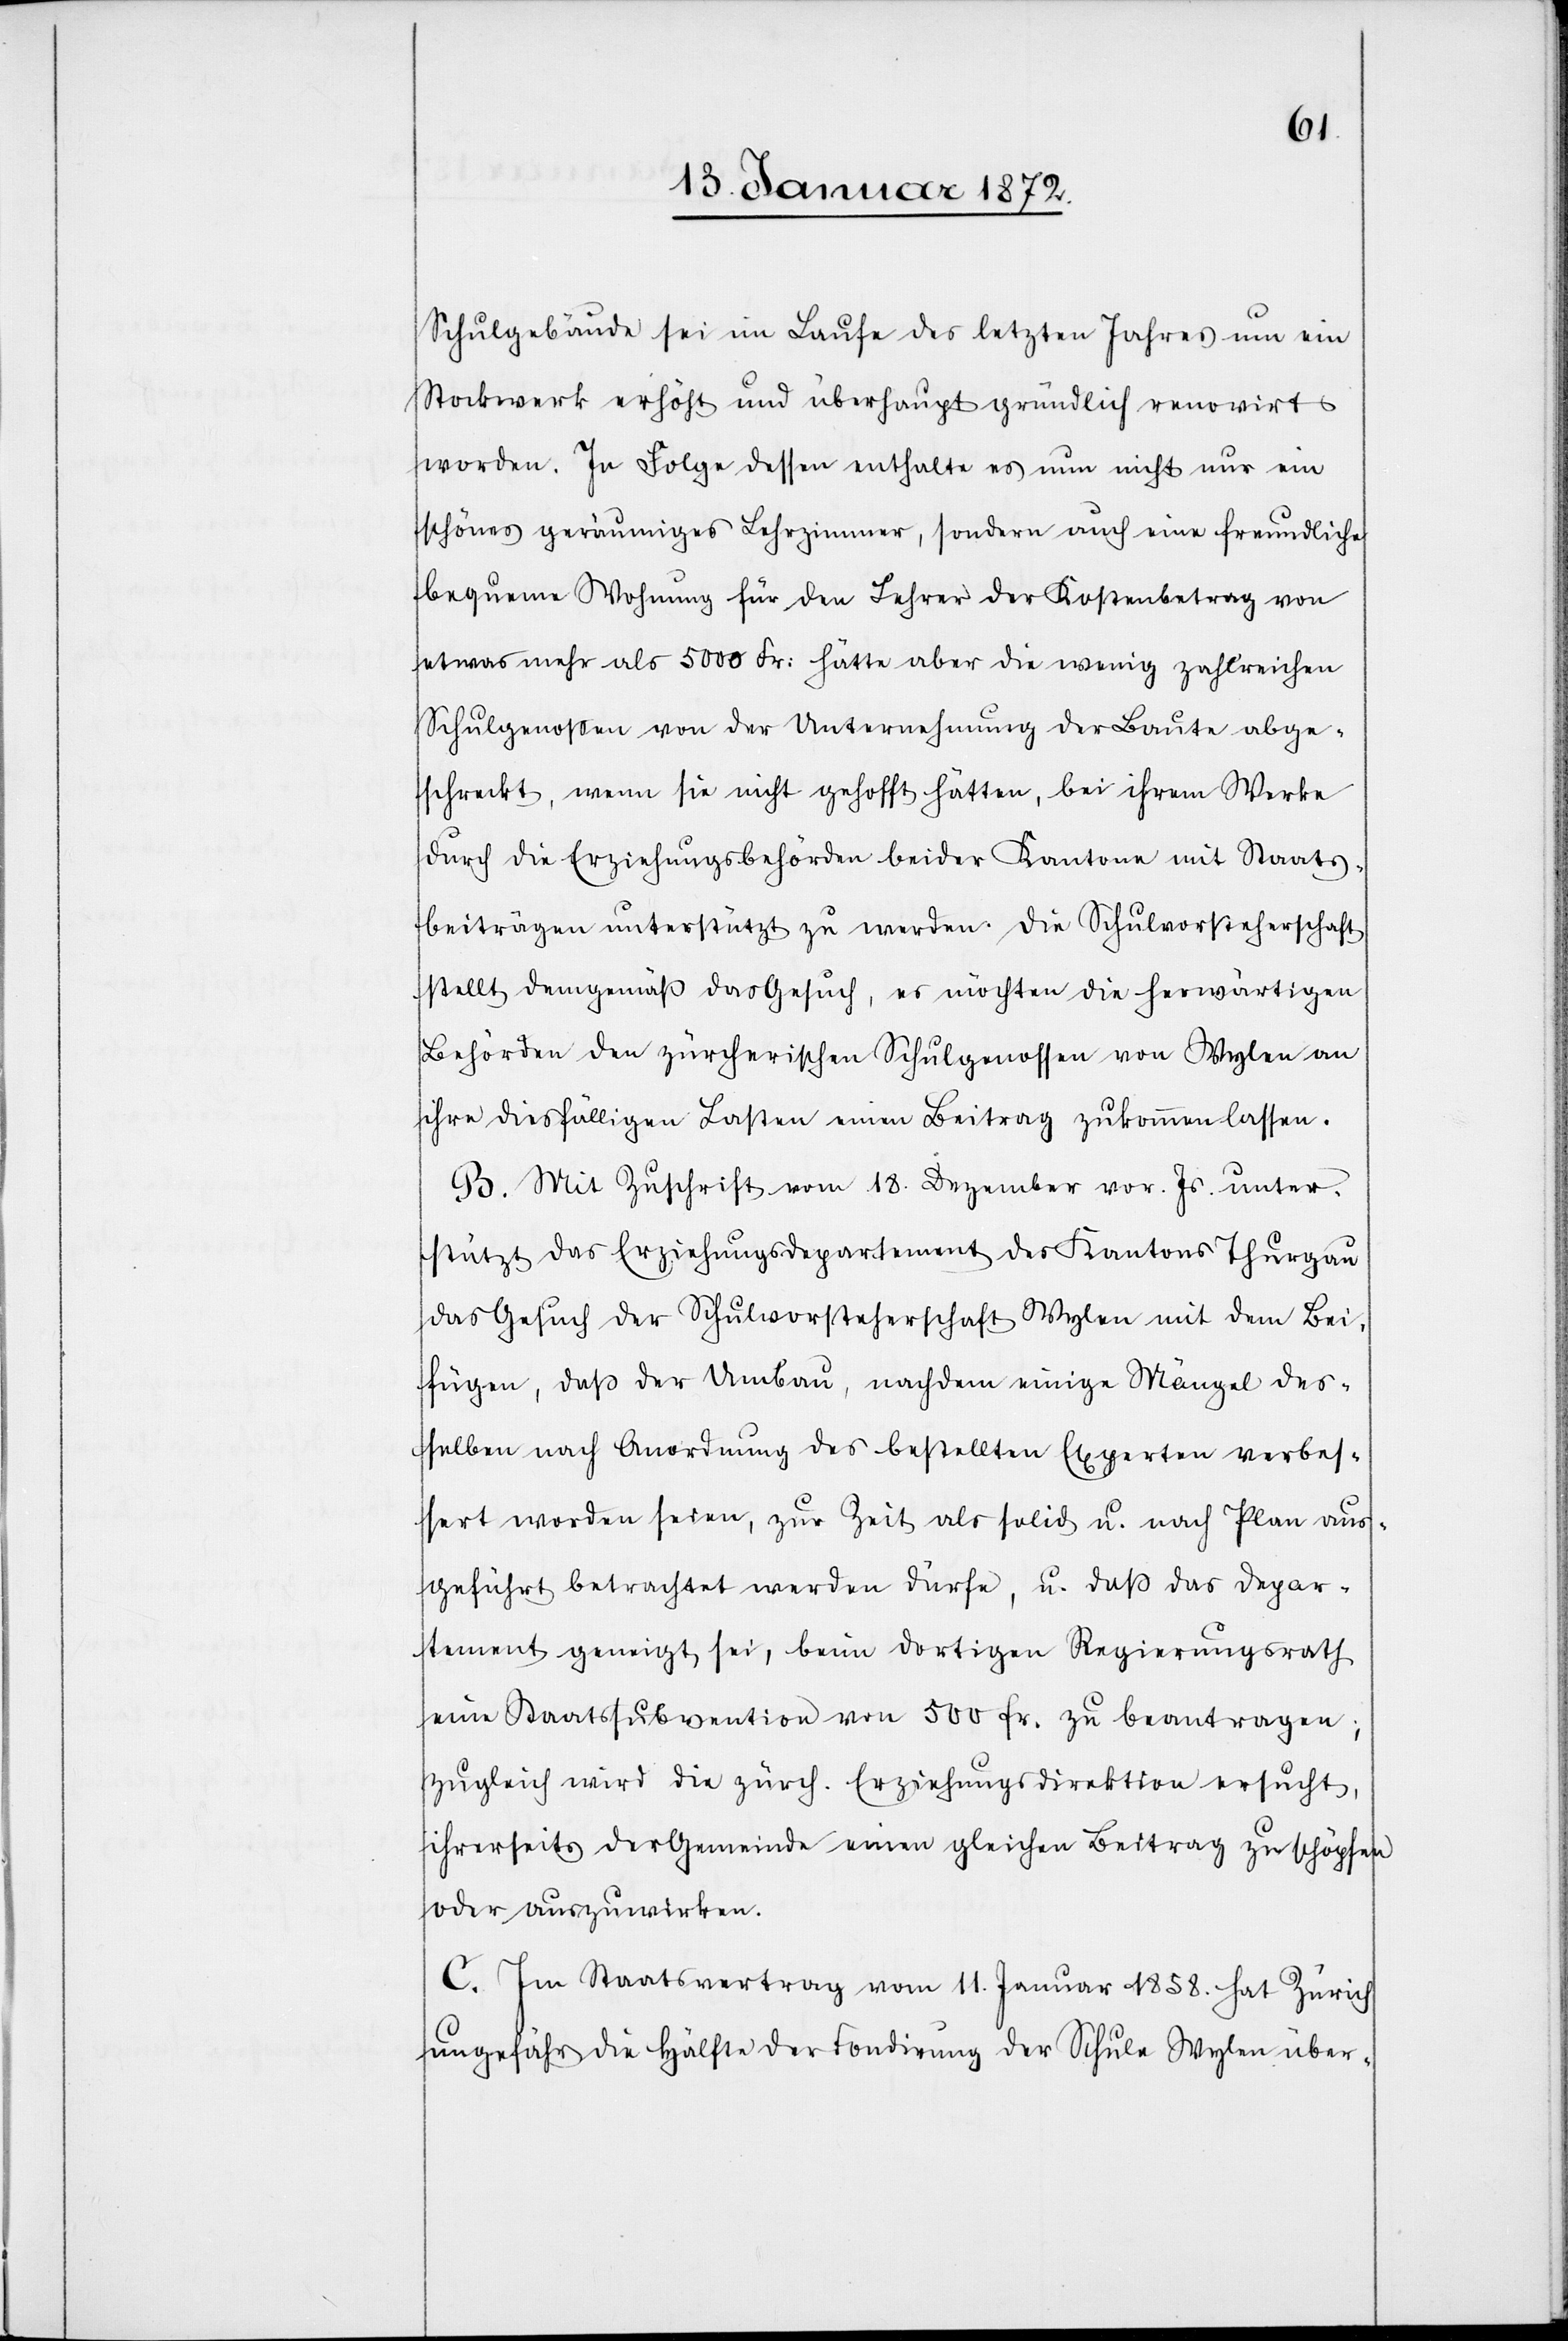
Schulgebäude sei im Laufe des letzten Jahres um ein
Stockwerk erhöht und überhaupt gründlich renovirt
worden. In Folge dessen enthalte es nun nicht nur ein
schönes geräumiges Lehrzimmer, sondern auch eine freundliche
bequeme Wohnung für den Lehrer. Der Kostenbetrag von
etwas mehr als 5000 Fr. hätte aber die wenig zahlreichen
Schulgenossen von der Untersuchung der Baute abge¬
schreckt, wenn sie nicht gehofft hätten, bei ihrem Werke
durch die Erziehungsbehörden beider Kantone mit Staats¬
beiträgen unterstützt zu werden. Die Schulvorsteherschaft
stellt demgemäß das Gesuch, es möchten die herwärtigen
Behörden den zürcherischen Schulgenossen von Wylen an
ihre diesfälligen Lasten einen Beitrag zukommen lassen.
B. Mit Zuschrift vom 18. Dezember vor. Js. unter¬
stützt das Erziehungsdepartement des Kantons Thurgau
das Gesuch der Schulvorsteherschaft Wylen mit dem Bei¬
fügen, daß der Umbau, nachdem einige Mängel der¬
selben nach Anordnung des bestellten Experten verbes¬
sert worden seien, zur Zeit als solid u. nach Plan aus¬
geführt betrachtet werden dürfe, u. daß das Depar¬
tement geneigt sei, beim dortigen Regierungsrath
eine Staatssubvention von 500. Fr. zu beantragen;
zugleich wird die zürch. Erziehungsdirektion ersucht,
ihrerseits der Gemeinde einen gleichen Beitrag zu schöpfen
oder auszuwirken.
C. Im Staatsvertrag vom 11. Januar 1858. hat Zürich
ungefähr die Hälfte der Fondirung der Schule Wylen über-